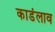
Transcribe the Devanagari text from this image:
काडंलाव